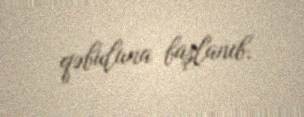
qəbuluna başlanıb.